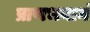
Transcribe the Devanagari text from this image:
प्राणभयानं